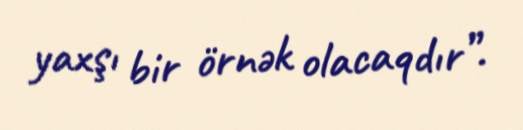
yaxşı bir örnək olacaqdır”.